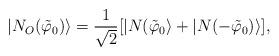
LaTeX: \begin{align*}|N_O (\tilde \varphi_0)\rangle = \frac{1}{\sqrt{2}} [ | N(\tilde{\varphi}_0 \rangle + | N( -\tilde{\varphi}_0) \rangle ],\end{align*}